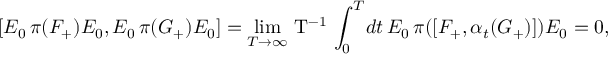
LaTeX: [ E _ { 0 } \, \pi ( { F } _ { + } ) E _ { 0 } , E _ { 0 } \, \pi ( { G } _ { + } ) E _ { 0 } ] = \operatorname * { l i m } _ { T \rightarrow \infty } \! \mathrm { ~ T ^ { - 1 } ~ } \! \int _ { 0 } ^ { T } \! d t \, E _ { 0 } \, \pi ( [ { F } _ { + } , \alpha _ { t } ( G _ { + } ) ] ) E _ { 0 } = 0 ,